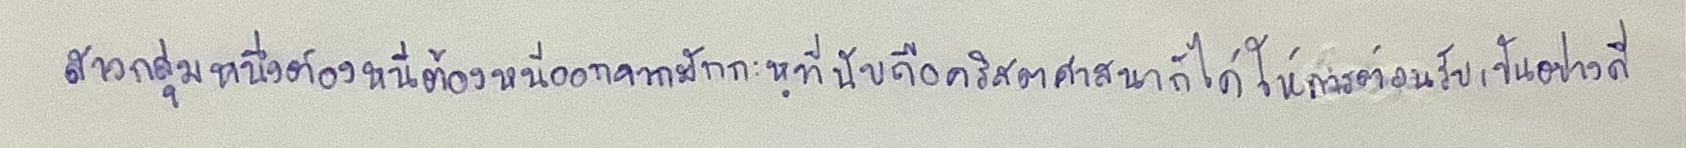
สาวกกลุ่มหนึ่งต้องหนีออกจากมักกะหฺที่นับถือคริสตศาสนาก็ได้ให้การต้อนรับเป็นอย่างดี